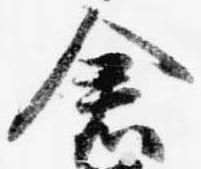
倉